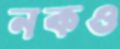
নকও